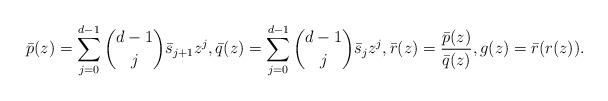
LaTeX: \begin{align*}\bar p(z)=\sum_{j=0}^{d-1} {d-1\choose j}\bar s_{j+1} z^j, \bar q(z)=\sum_{j=0}^{d-1} {d-1\choose j} \bar s_jz^j,\bar r(z)=\frac{\bar p(z)}{\bar q(z)},g(z)=\bar r (r(z)).\end{align*}